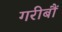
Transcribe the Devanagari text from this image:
गरीबौं